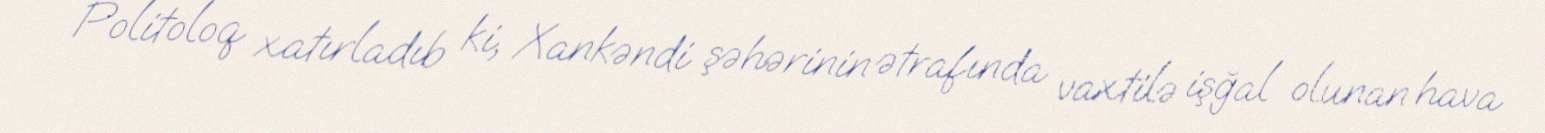
Politoloq xatırladıb ki, Xankəndi şəhərinin ətrafında vaxtilə işğal olunan hava